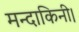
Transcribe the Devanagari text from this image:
मन्दाकिनी।